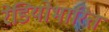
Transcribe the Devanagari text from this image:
रेडियोभारित